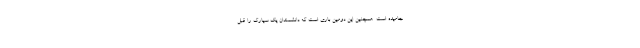
جامیده است. همچنین این دومین باری است که دانشمندان یک سیارک را قبل